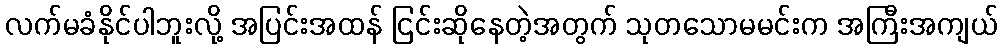
လက်မခံနိုင်ပါဘူးလို့ အပြင်းအထန် ငြင်းဆိုနေတဲ့အတွက် သုတသောမမင်းက အကြီးအကျယ်